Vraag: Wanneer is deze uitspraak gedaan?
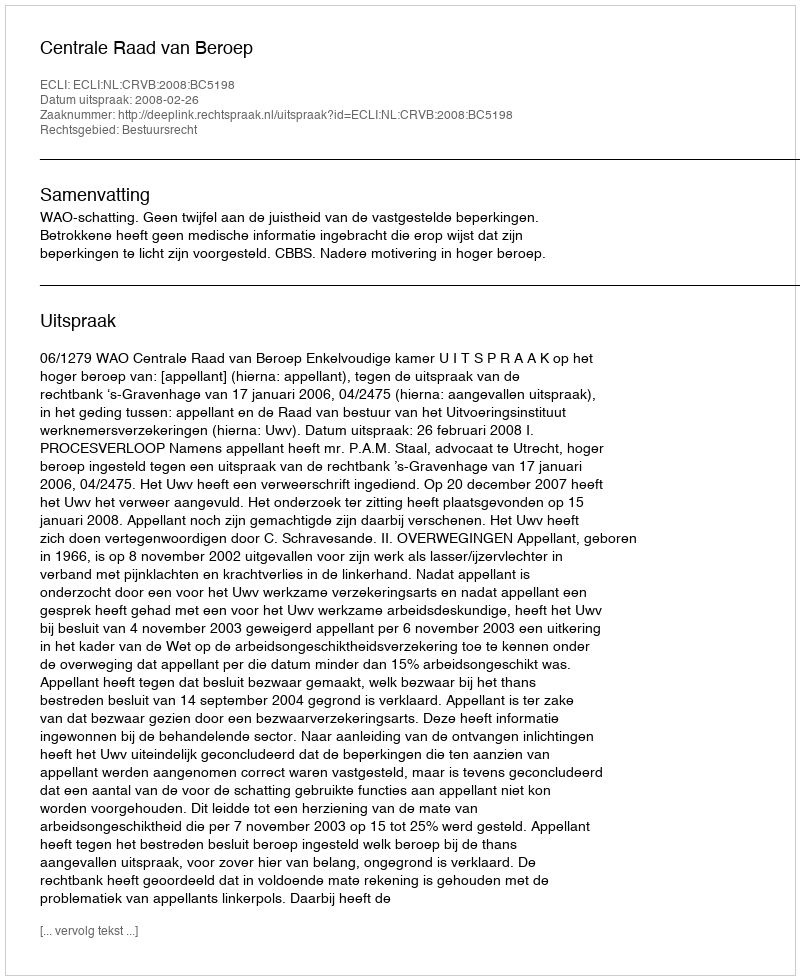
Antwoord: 2008-02-26